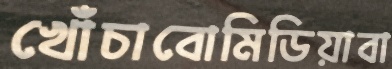
খোঁচাবোমিডিয়াবা